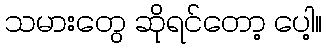
သမားတွေ ဆိုရင်တော့ ပေါ့။